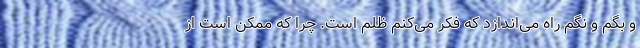
و بگم و نگم راه می‌اندازد که فکر می‌کنم ظلم است. چرا که ممکن است از